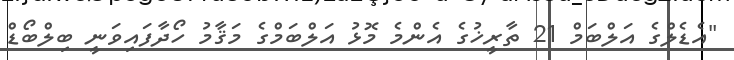
"އެޑެލްގެ އަލްބަމް 21 ތާރީޚުގެ އެންމެ މޮޅު އަލްބަމްގެ މަޤާމު ހޯދާފައިވަނީ ބިލްބޯޑް